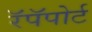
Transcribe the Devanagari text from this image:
रॅपॅपोर्ट